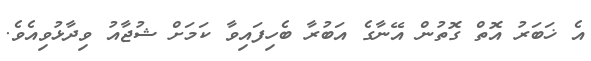
އެ ޚަބަރު އޮތް ގޮތުން އޭނާގެ އަބުރާ ބެހިފައިވާ ކަމަށް ޝުޖާއު ވިދާޅުވިއެވެ.